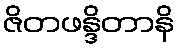
ဇိတဖန္ဒိတာနိ